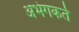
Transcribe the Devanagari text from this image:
अभंगकर्ते